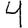
Digit: 4